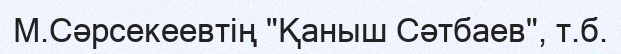
М.Сәрсекеевтің "Қаныш Сәтбаев", т.б.